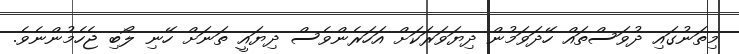
މިތަނުގައި ދުވަސްތައް ހޭދަވަމުން ދިޔަވަރަކަށް އަހަރެންވެސް ދިޔައީ ތަނަށް ހޭނި ލޯބި ޖެހެމުންނެވެ.